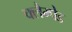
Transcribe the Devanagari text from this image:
क्लैम्पेड